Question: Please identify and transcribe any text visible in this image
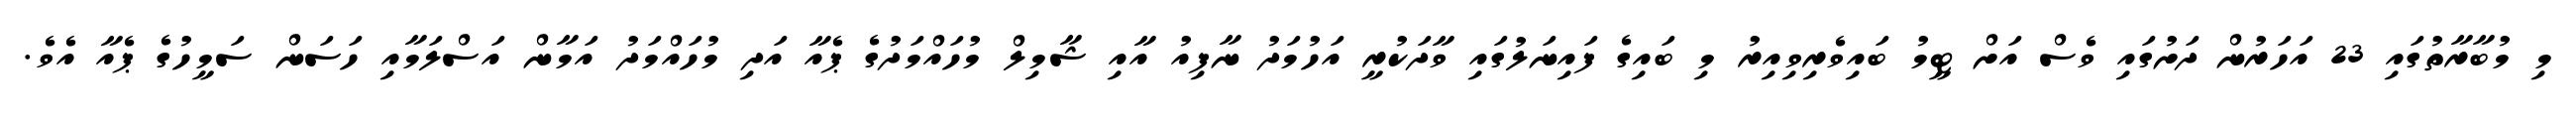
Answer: މި މުބާރާތުގައި 23 އަހަރުން ދަށުގައި ވެސް އަށް ޓީމު ބައިވެރިވިއިރު މި ބައިގެ ފައިނަލުގައި ވާދަކުރީ އަހުމަދު ނާފިއު އާއި ޝާމިލް މުހައްމަދުގެ ޕެއާ އަދި މުހައްމަދު އަމާން އަސްލަމާއި ހަސަން ސަމީހުގެ ޕެއާ އެވެ.